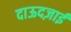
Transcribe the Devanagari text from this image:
दाऊदज़ाई